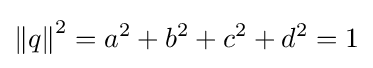
\left\|q\right\|^{2}=a^{2}+b^{2}+c^{2}+d^{2}=1